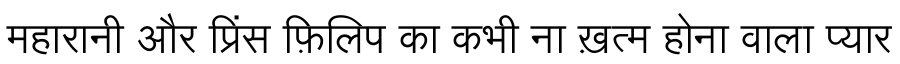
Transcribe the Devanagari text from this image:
महारानी और प्रिंस फ़िलिप का कभी ना ख़त्म होना वाला प्यार